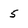
Character: 5